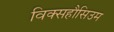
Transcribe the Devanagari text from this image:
विक्सहौसिउम